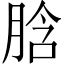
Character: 𦛜